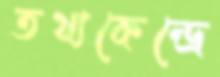
তথ্যকেন্দ্রে